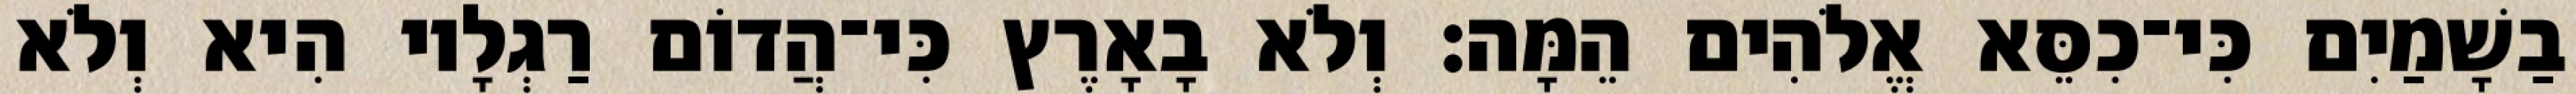
בַשָׁמַיִם כִּי־כִסֵּא אֱלֹהִים הֵמָּה׃ וְלֹא בָאָרֶץ כִּי־הֲדוֹם רַגְלָיו הִיא וְלֹא